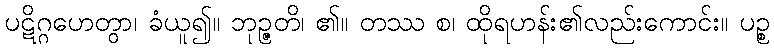
ပဋိဂ္ဂဟေတွာ၊ ခံယူ၍။ ဘုဉ္ဇတိ၊ ၏။ တဿ စ၊ ထိုရဟန်း၏လည်းကောင်း။ ပဉ္စ